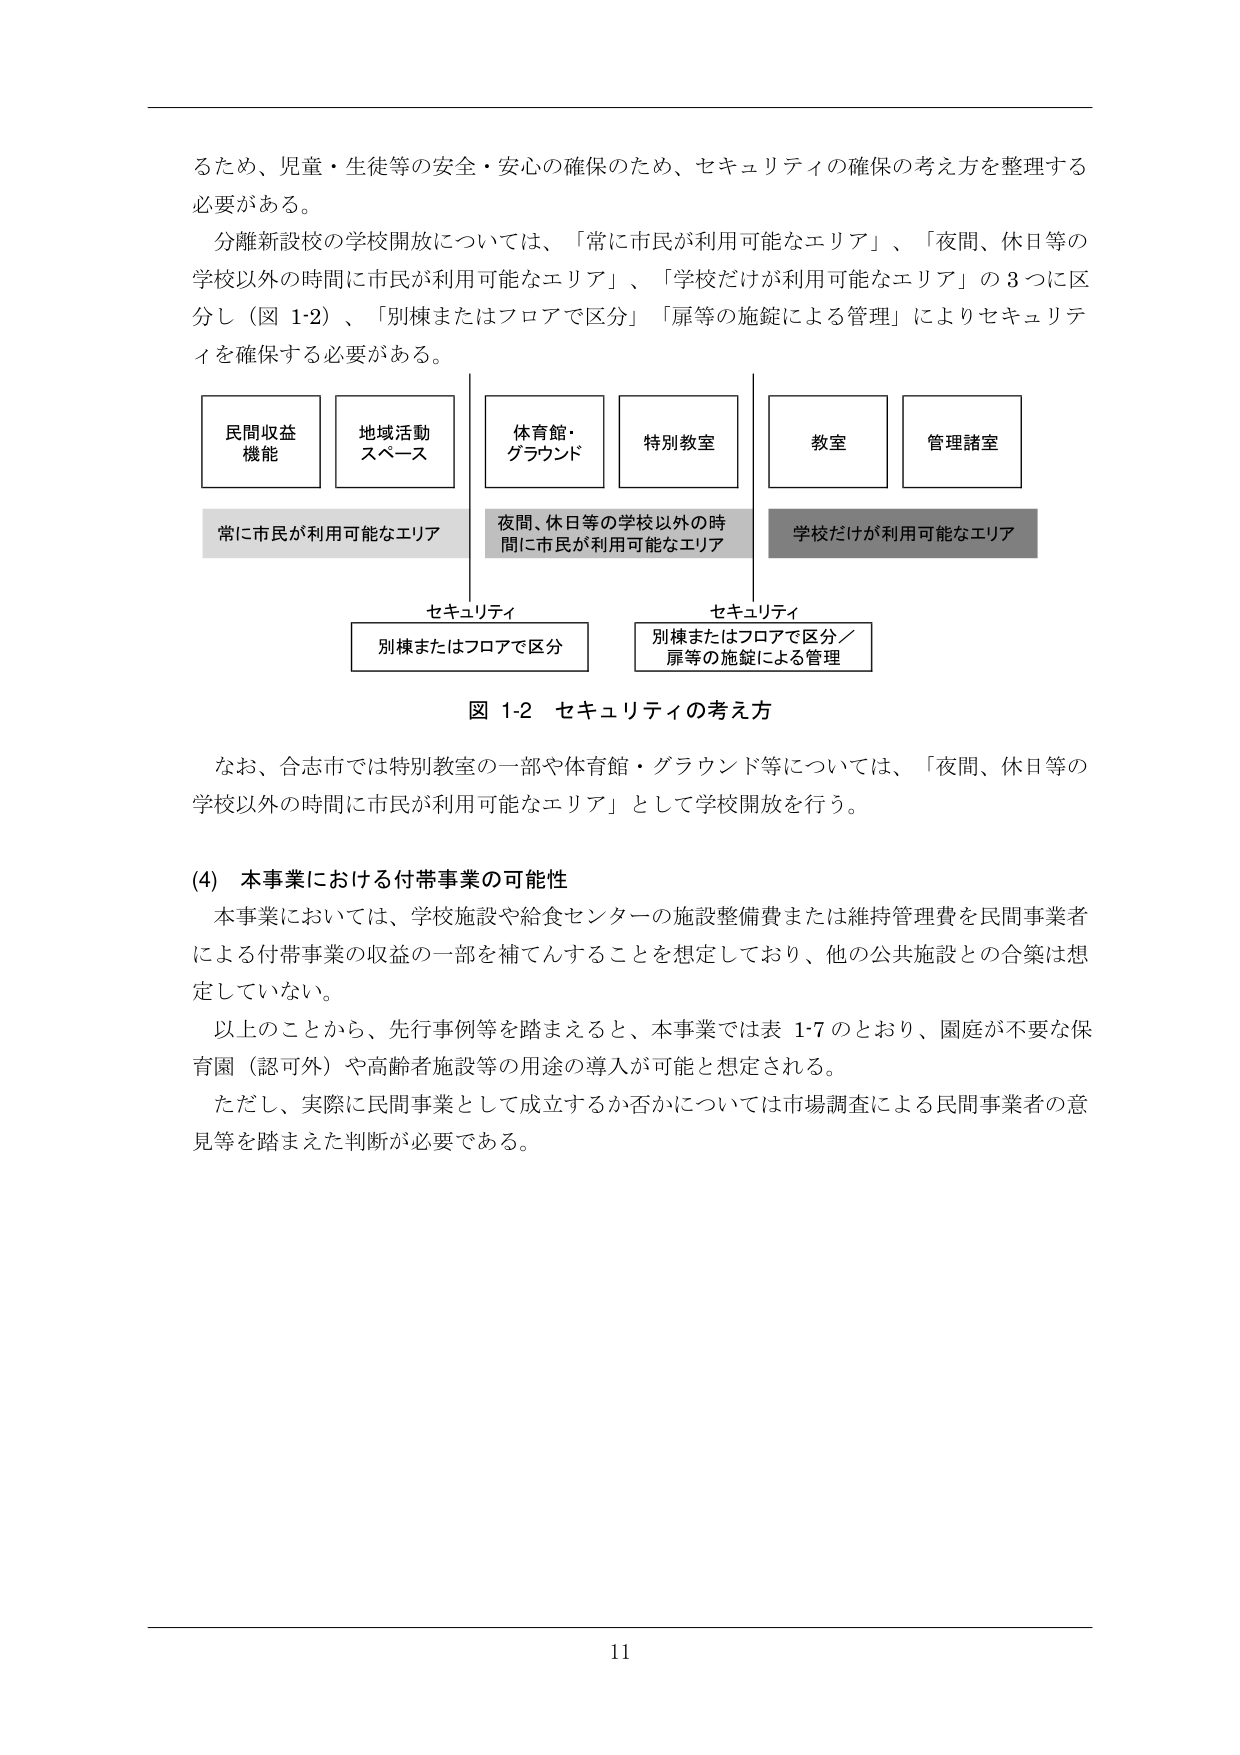
るため、児童・生徒等の安全・安心の確保のため、セキュリティの確保の考え方を整理する必要がある。

分離新設校の学校開放については、「常に市民が利用可能なエリア」、「夜間、休日等の学校以外の時間に市民が利用可能なエリア」、「学校だけが利用可能なエリア」の3つに区分し（図1-2）、「別棟またはフロアで区分」「扉等の施錠による管理」によりセキュリティを確保する必要がある。

民間収益機能
地域活動スペース
体育館・グラウンド
特別教室
教室
管理諸室

常に市民が利用可能なエリア
夜間、休日等の学校以外の時間に市民が利用可能なエリア
学校だけが利用可能なエリア

セキュリティ
別棟またはフロアで区分

セキュリティ
別棟またはフロアで区分／扉等の施錠による管理

図1-2 セキュリティの考え方

なお、合志市では特別教室の一部や体育館・グラウンド等については、「夜間、休日等の学校以外の時間に市民が利用可能なエリア」として学校開放を行う。

(4) 本事業における付帯事業の可能性

本事業においては、学校施設や給食センターの施設整備費または維持管理費を民間事業者による付帯事業の収益の一部を補てんすることを想定しており、他の公共施設との合築は想定していない。

以上のことから、先行事例等を踏まえると、本事業では表1-7のとおり、園庭が不要な保育園（認可外）や高齢者施設等の用途の導入が可能と想定される。

ただし、実際に民間事業として成立するか否かについては市場調査による民間事業者の意見等を踏まえた判断が必要である。

11